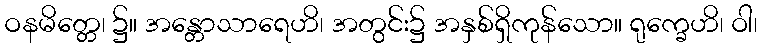
ဝနမိတ္တေ၊ ၌။ အန္တောသာရေဟိ၊ အတွင်း၌ အနှစ်ရှိကုန်သော။ ရုက္ခေဟိ၊ ဝါ၊